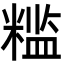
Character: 𬖮